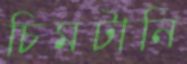
চিমটানি